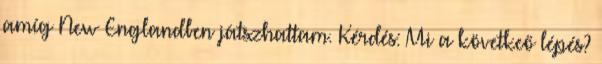
amíg New Englandben játszhattam. Kérdés: Mi a követkeő lépés?